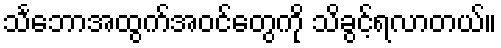
သင်္ဘောအထွက်အဝင်တွေကို သိခွင့်ရလာတယ်။